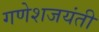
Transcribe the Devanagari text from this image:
गणेशजयंती